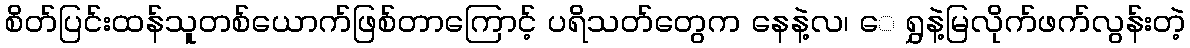
စိတ်ပြင်းထန်သူတစ်ယောက်ဖြစ်တာကြောင့် ပရိသတ်တွေက နေနဲ့လ၊ ေ ရွှနဲ့မြလိုက်ဖက်လွန်းတဲ့